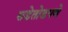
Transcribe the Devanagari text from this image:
सडेतोडपणे